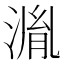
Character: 湚